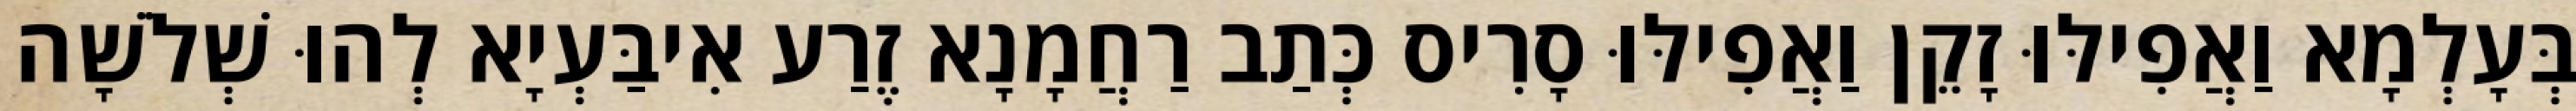
בְּעָלְמָא וַאֲפִילּוּ זָקֵן וַאֲפִילּוּ סָרִיס כְּתַב רַחֲמָנָא זֶרַע אִיבַּעְיָא לְהוּ שְׁלֹשָׁה